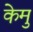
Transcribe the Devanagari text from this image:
केमु